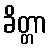
ခိတ္တာ